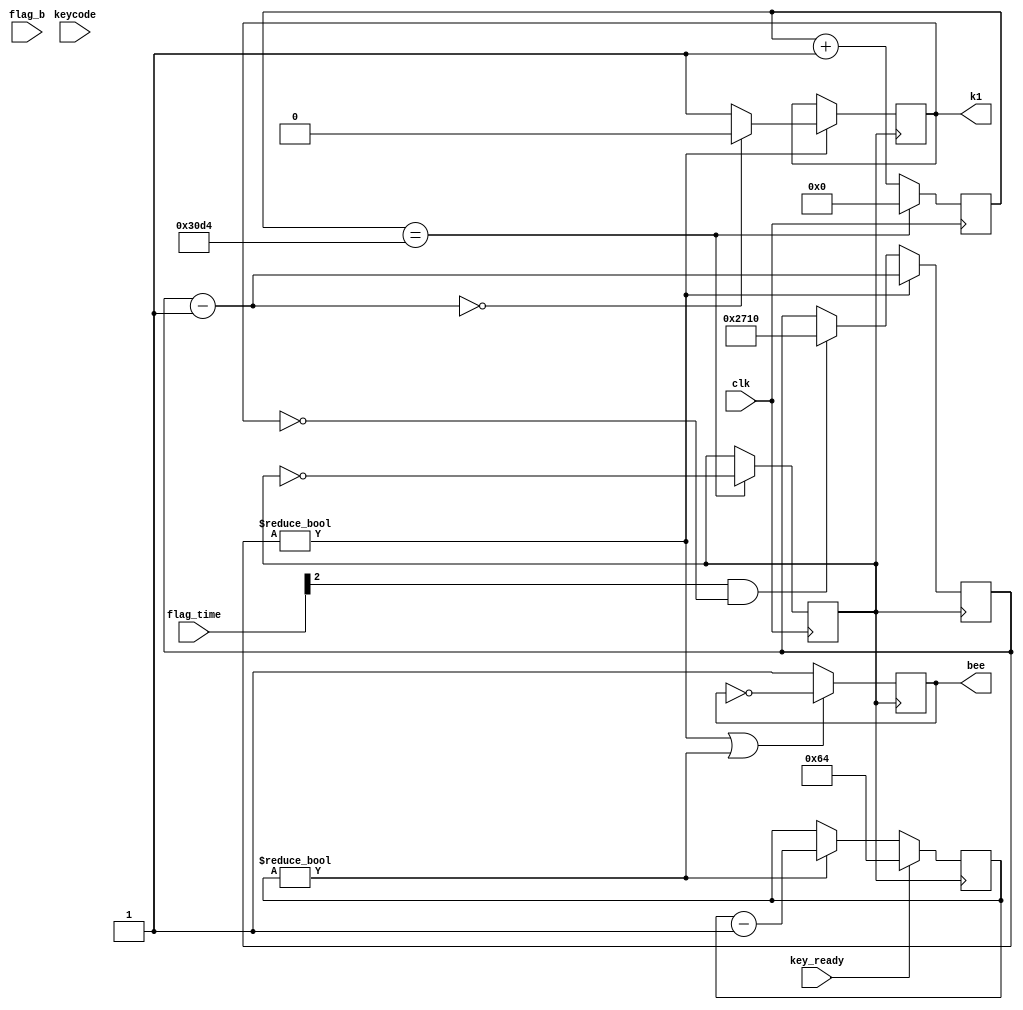
//-----------------------------------------------------------
//       
//-----------------------------------------------------------
module shengyin(
               input [4:0] keycode ,
			   input key_ready,
			   input clk,
			   input  [2:0] flag_time,
			   output reg k1, 
			   input flag_b,
			   output reg bee
               );
reg  [15:0]count_05; 
reg  [15:0]count_20;          
reg  [15:0]cnt1ms;
reg clk1000Hz;
always@(posedge clk)                            
    begin
    if(cnt1ms==16'd12500)
        begin
            cnt1ms<=16'b0;
            clk1000Hz<=~clk1000Hz;
        end
    else
        cnt1ms=cnt1ms+16'b1;
    end 
always@(posedge clk1000Hz)                     
begin
	if(key_ready==1)
	begin count_05=100; end 
	else if (count_05!=0)
	begin count_05=count_05-15'h1; end
end
always@(posedge clk1000Hz)                     
begin
	
	 if (count_20!=0)
	 begin 
		count_20=count_20-1; k1=1 ;
		if (count_20==0)
		begin k1=0 ; end
	 end
	 else if((flag_time[2]==1)&&(k1==0))
	  begin count_20=10000; end
end  
always@(posedge clk1000Hz)                    
begin
	if((count_20!=0)||(count_05!=0))
	begin bee=~bee;end
	else bee=1;
end
endmodule